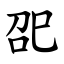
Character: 巶